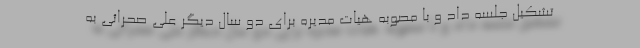
تشکیل جلسه داد و با مصوبه هیات مدیره برای دو سال دیگر علی صحرائی به